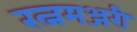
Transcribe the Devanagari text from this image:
रत्नमञ्जरी